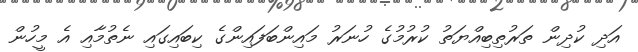
އަދި ކުދިން ތަރުތިބިއްޔަތު ކުރުމުގެ ހުނަރު މައިންބަފައިންގެ ކިބައިގައި ނެތުމާއި އެ މީހުން